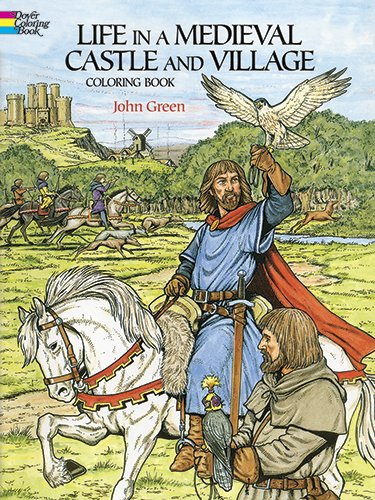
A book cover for Life in a Medieval Castle and Village Coloring Book (Dover History Coloring Book); John Green; Children's Books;